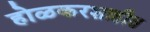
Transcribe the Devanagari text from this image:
होळकरशाहीत